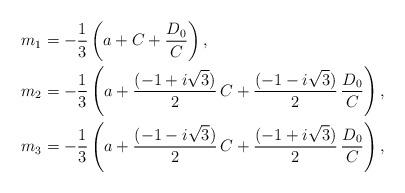
LaTeX: \begin{align*}\begin{aligned}m_1 &=-\frac{1}{3}\left(a+C+\frac{D_0}{C}\right),\\m_2&=-\frac{1}{3}\left(a+\frac{(-1+i\sqrt{3})}{2}\,C+\frac{(-1-i\sqrt{3})}{2}\, \frac{D_0}{C}\right),\\m_3&=-\frac{1}{3}\left(a+\frac{(-1-i\sqrt{3})}{2}\,C+\frac{(-1+i\sqrt{3})}{2}\,\frac{D_0}{C}\right),\end{aligned}\end{align*}